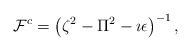
\begin{align*}{\cal F}^c =\left(\zeta^2-\Pi^2-\imath\epsilon\right)^{-1},\end{align*}